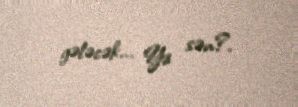
gələcək... Ya sən?.